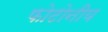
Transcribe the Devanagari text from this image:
फोटोनीय